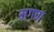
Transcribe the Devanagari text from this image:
मगणं